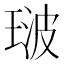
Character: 𭹢